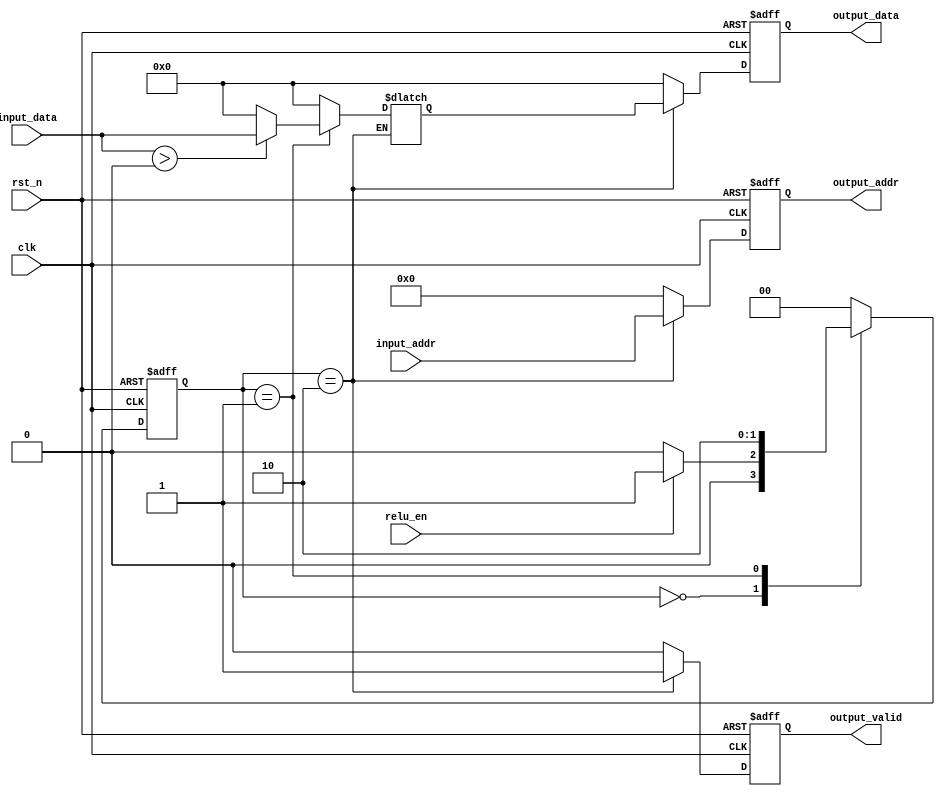
`timescale 1ns / 1ps
module relu (
  input wire clk,
  input wire rst_n,
  input wire relu_en,
  input wire [31:0] input_data,
  input wire [4:0] input_addr,
  output reg [31:0] output_data,
  output reg [4:0] output_addr,
  output reg output_valid
);

  // Intermediate registers (1.7.24 format)
  reg signed [31:0] relu_data;

  // State machine states
  localparam IDLE = 2'b00;
  localparam PROCESS = 2'b01;
  localparam OUTPUT = 2'b10;

  reg [1:0] current_state;
  reg [1:0] next_state;

  // State transition logic
  always @(posedge clk or negedge rst_n) begin
    if (!rst_n) begin
      current_state <= IDLE;
    end else begin
      current_state <= next_state;
    end
  end

  // Next state logic
  always @(*) begin
    case (current_state)
      IDLE: begin
        if (relu_en) begin
          next_state = PROCESS;
        end else begin
          next_state = IDLE;
        end
      end
      PROCESS: next_state = OUTPUT;
      OUTPUT: next_state = IDLE;
      default: next_state = IDLE;
    endcase
  end

  // ReLU processing logic
  always @(*) begin
    case (current_state)
      IDLE: relu_data = 32'h00000000;
      PROCESS: begin
        if ($signed(input_data) > 0) begin
          relu_data = input_data;
        end else begin
          relu_data = 32'h00000000;
        end
      end
      OUTPUT: relu_data = relu_data;
      default: relu_data = 32'h00000000;
    endcase
  end

  // Output logic
  always @(posedge clk or negedge rst_n) begin
    if (!rst_n) begin
      output_data <= 32'h00000000;
      output_addr <= 5'h00;
      output_valid <= 1'b0;
    end else begin
      case (current_state)
        IDLE: begin
          output_data <= 32'h00000000;
          output_addr <= 5'h00;
          output_valid <= 1'b0;
        end
        PROCESS: begin
          output_data <= 32'h00000000;
          output_addr <= 5'h00;
          output_valid <= 1'b0;
        end
        OUTPUT: begin
          output_data <= relu_data;
          output_addr <= input_addr;
          output_valid <= 1'b1;
        end
        default: begin
          output_data <= 32'h00000000;
          output_addr <= 5'h00;
          output_valid <= 1'b0;
        end
      endcase
    end
  end

endmodule